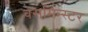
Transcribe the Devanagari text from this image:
वेसमिन्स्टर